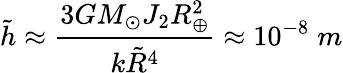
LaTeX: \tilde{h}\approx{\frac{3GM_{\odot}J_{2}R_{\oplus}^{2}}{k\tilde{R}^{4}}}\approx 10^{-8}\; m